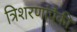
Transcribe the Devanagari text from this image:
त्रिशरणांपैकी